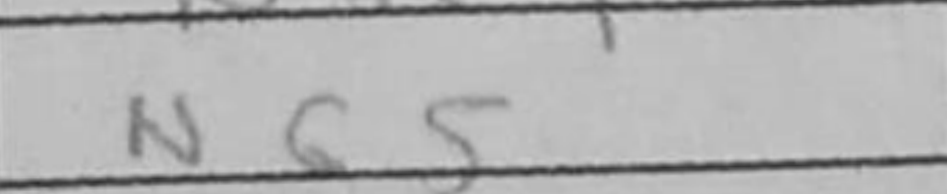
Transcription: Nb5